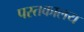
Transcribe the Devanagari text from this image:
पस्तकालय